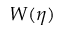
W ( \eta )